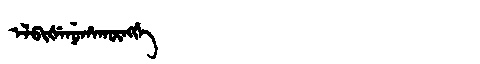
Manchu: ᡝᠯᠪᡳᡧᡝᠨᡠᡥᠠᡴᡡᠩᡤᡝ
Romanization: ELBIŠENUHAKŪNGGE